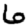
Digit: 6